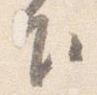
下